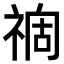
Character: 𥚟